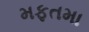
મફતમા